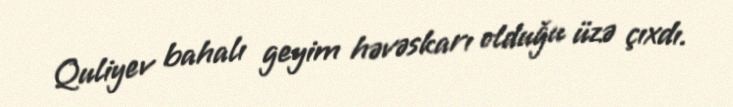
Quliyev bahalı geyim həvəskarı olduğu üzə çıxdı.